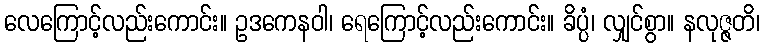
လေကြောင့်လည်းကောင်း။ ဥဒကေနဝါ၊ ရေကြောင့်လည်းကောင်း။ ခိပ္ပံ၊ လျှင်စွာ။ နလုဇ္ဇတိ၊